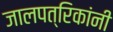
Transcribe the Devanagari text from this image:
जालपत्रिकांनी